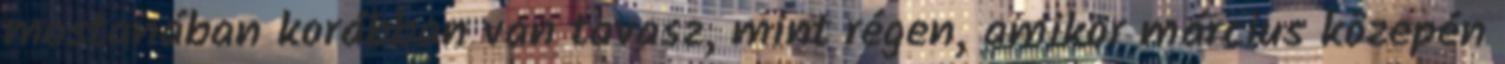
mostanában korábban van tavasz, mint régen, amikor március közepén